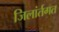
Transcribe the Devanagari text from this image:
जिलांर्तगत